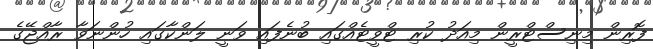
ފޮރިން މިނިސްޓްރީން މިއަދު ކުރި ޓްވީޓެއްގައި ބުނެފައި ވަނީ ލަންކާގައި ހުންނަވާ ރާއްޖޭގެ